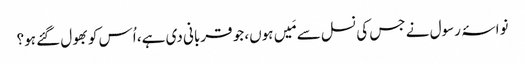
نواسۂ رسول نے جس کی نسل سے مَیں ہوں، جو قربانی دی ہے، اُس کو بھول گئے ہو؟